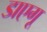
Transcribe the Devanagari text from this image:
डाएगू